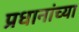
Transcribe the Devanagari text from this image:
प्रधानांच्या